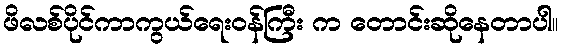
ဖိလစ်ပိုင်ကာကွယ်ရေးဝန်ကြီး က တောင်းဆိုနေတာပါ။